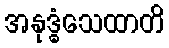
အနုဒ္ဓံသေထာတိ